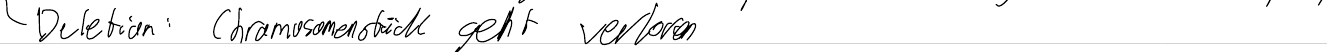
- Deletion: Chromosomenstück geht verloren